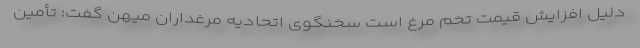
دلیل افزایش قیمت تخم مرغ است سخنگوی اتحادیه مرغداران میهن گفت: تأمین